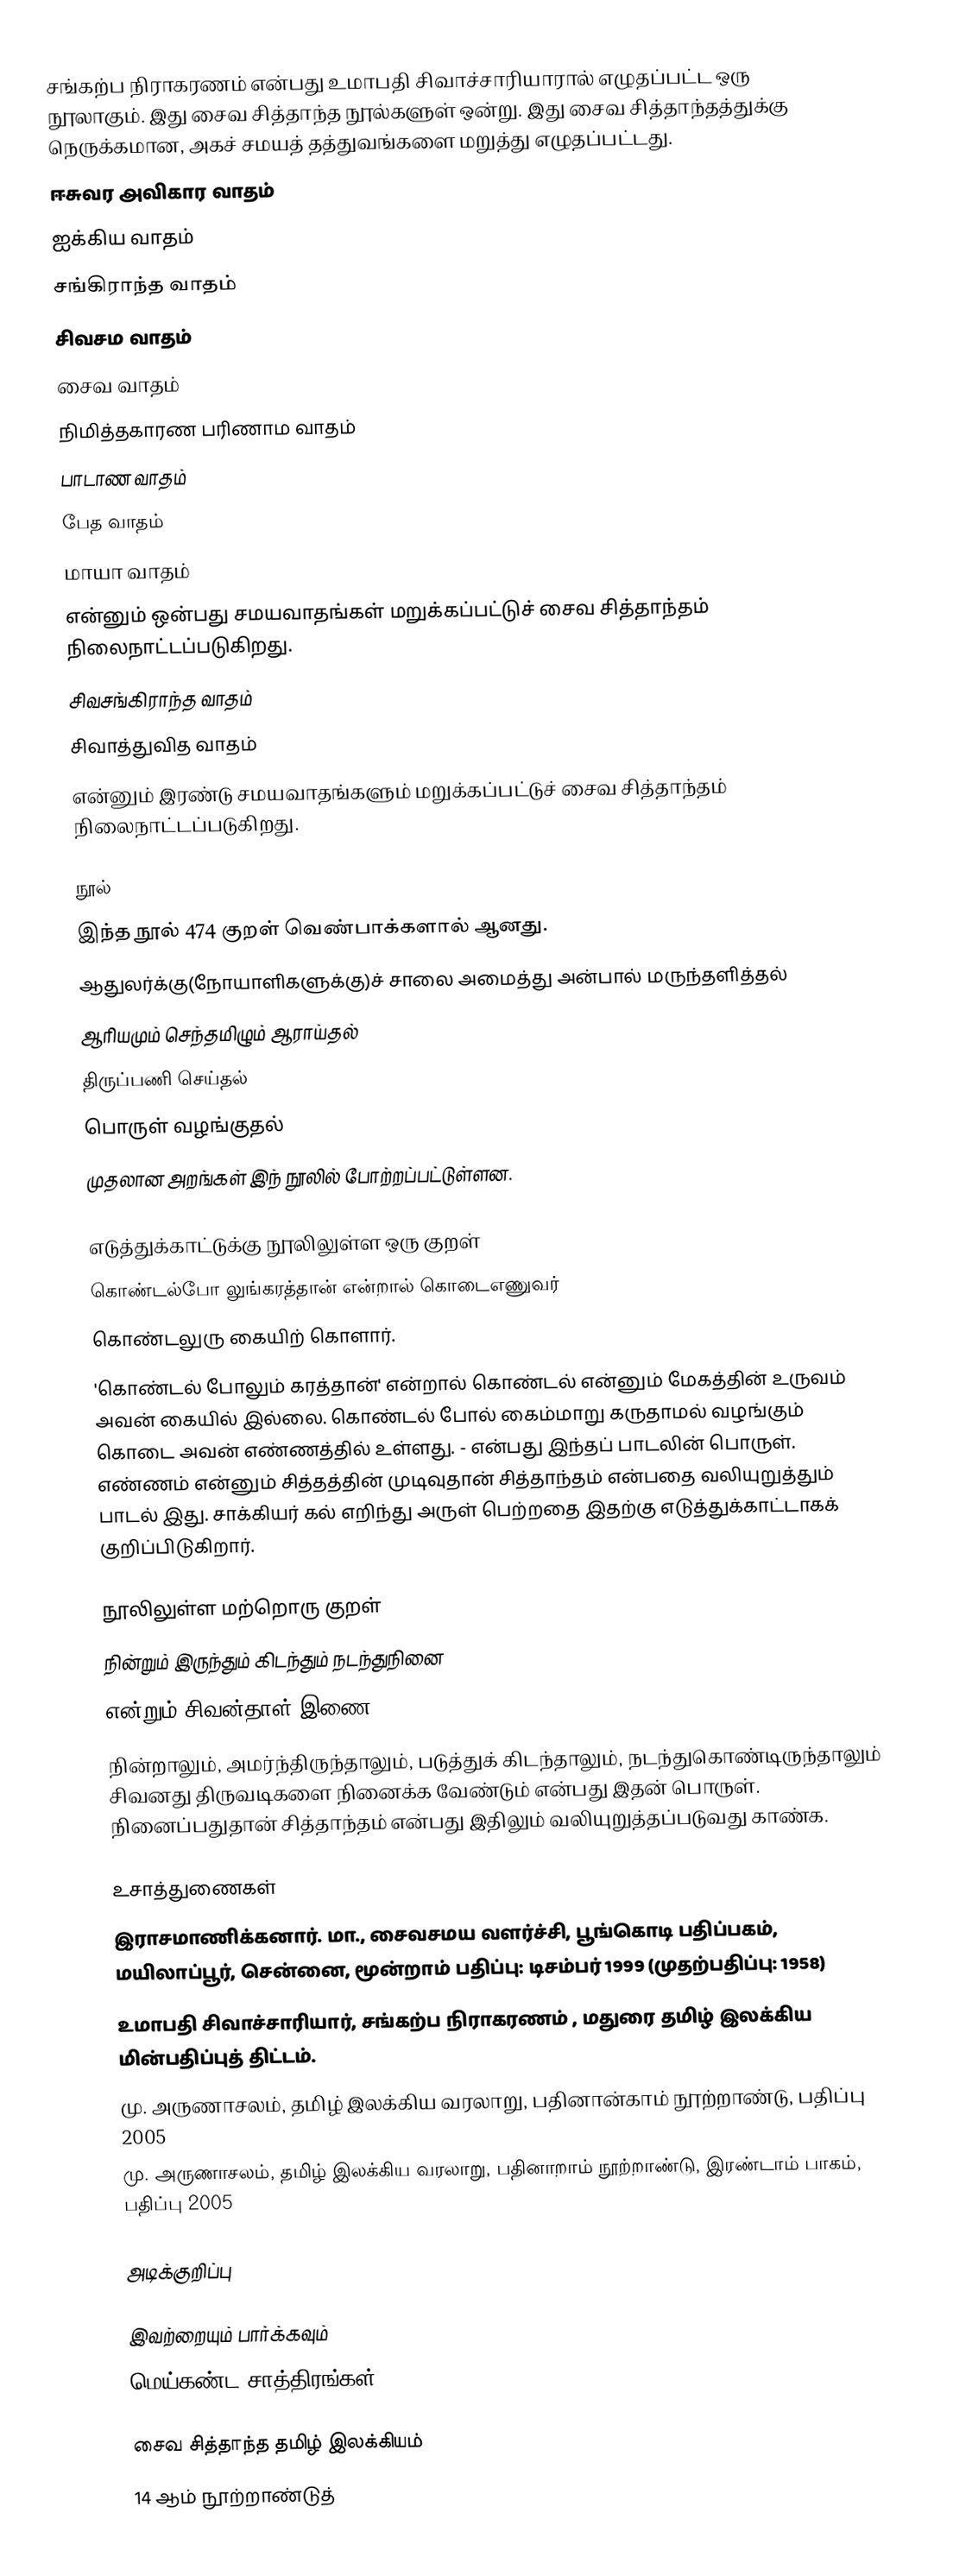
சங்கற்ப நிராகரணம் என்பது உமாபதி சிவாச்சாரியாரால் எழுதப்பட்ட ஒரு நூலாகும். இது சைவ சித்தாந்த நூல்களுள் ஒன்று. இது சைவ சித்தாந்தத்துக்கு நெருக்கமான, அகச் சமயத் தத்துவங்களை மறுத்து எழுதப்பட்டது.
ஈசுவர அவிகார வாதம்
ஐக்கிய வாதம்
சங்கிராந்த வாதம்
சிவசம வாதம்
சைவ வாதம்
நிமித்தகாரண பரிணாம வாதம்
பாடாண வாதம்
பேத வாதம்
மாயா வாதம்
என்னும் ஒன்பது சமயவாதங்கள் மறுக்கப்பட்டுச் சைவ சித்தாந்தம் நிலைநாட்டப்படுகிறது.
சிவசங்கிராந்த வாதம்
சிவாத்துவித வாதம்
என்னும் இரண்டு சமயவாதங்களும் மறுக்கப்பட்டுச் சைவ சித்தாந்தம் நிலைநாட்டப்படுகிறது.

நூல்
இந்த நூல் 474 குறள் வெண்பாக்களால் ஆனது.
ஆதுலர்க்கு(நோயாளிகளுக்கு)ச் சாலை அமைத்து அன்பால் மருந்தளித்தல்
ஆரியமும் செந்தமிழும் ஆராய்தல்
திருப்பணி செய்தல்
பொருள் வழங்குதல்
முதலான அறங்கள் இந் நூலில் போற்றப்பட்டுள்ளன.

எடுத்துக்காட்டுக்கு நூலிலுள்ள ஒரு குறள்
கொண்டல்போ லுங்கரத்தான் என்றால் கொடைஎணுவர்
கொண்டலுரு கையிற் கொளார்.
'கொண்டல் போலும் கரத்தான்' என்றால் கொண்டல் என்னும் மேகத்தின் உருவம் அவன் கையில் இல்லை. கொண்டல் போல் கைம்மாறு கருதாமல் வழங்கும் கொடை அவன் எண்ணத்தில் உள்ளது. - என்பது இந்தப் பாடலின் பொருள். எண்ணம் என்னும் சித்தத்தின் முடிவுதான் சித்தாந்தம் என்பதை வலியுறுத்தும் பாடல் இது. சாக்கியர் கல் எறிந்து அருள் பெற்றதை இதற்கு எடுத்துக்காட்டாகக் குறிப்பிடுகிறார்.

நூலிலுள்ள மற்றொரு குறள்
நின்றும் இருந்தும் கிடந்தும் நடந்துநினை
என்றும் சிவன்தாள் இணை.
நின்றாலும், அமர்ந்திருந்தாலும், படுத்துக் கிடந்தாலும், நடந்துகொண்டிருந்தாலும் சிவனது திருவடிகளை நினைக்க வேண்டும் என்பது இதன் பொருள். நினைப்பதுதான் சித்தாந்தம் என்பது இதிலும் வலியுறுத்தப்படுவது காண்க.

உசாத்துணைகள்
 இராசமாணிக்கனார். மா., சைவசமய வளர்ச்சி, பூங்கொடி பதிப்பகம், மயிலாப்பூர், சென்னை, மூன்றாம் பதிப்பு: டிசம்பர் 1999 (முதற்பதிப்பு: 1958)
 உமாபதி சிவாச்சாரியார், சங்கற்ப நிராகரணம் , மதுரை தமிழ் இலக்கிய மின்பதிப்புத் திட்டம்.
 மு. அருணாசலம், தமிழ் இலக்கிய வரலாறு, பதினான்காம் நூற்றாண்டு, பதிப்பு 2005
 மு. அருணாசலம், தமிழ் இலக்கிய வரலாறு, பதினாறாம் நூற்றாண்டு, இரண்டாம் பாகம், பதிப்பு 2005

அடிக்குறிப்பு

இவற்றையும் பார்க்கவும்
 மெய்கண்ட சாத்திரங்கள்

சைவ சித்தாந்த தமிழ் இலக்கியம்
14 ஆம் நூற்றாண்டுத்